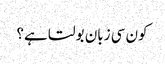
کون سی زبان بولتا ہے؟